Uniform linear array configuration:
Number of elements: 48
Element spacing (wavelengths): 0.75
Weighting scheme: binomial
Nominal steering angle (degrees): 45
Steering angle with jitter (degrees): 44.838
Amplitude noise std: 0.05
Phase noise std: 0.05

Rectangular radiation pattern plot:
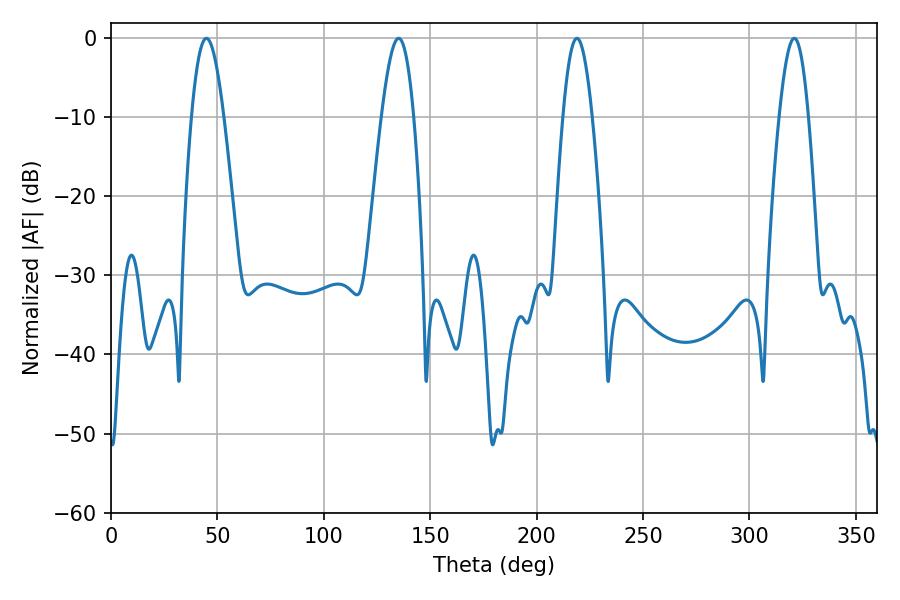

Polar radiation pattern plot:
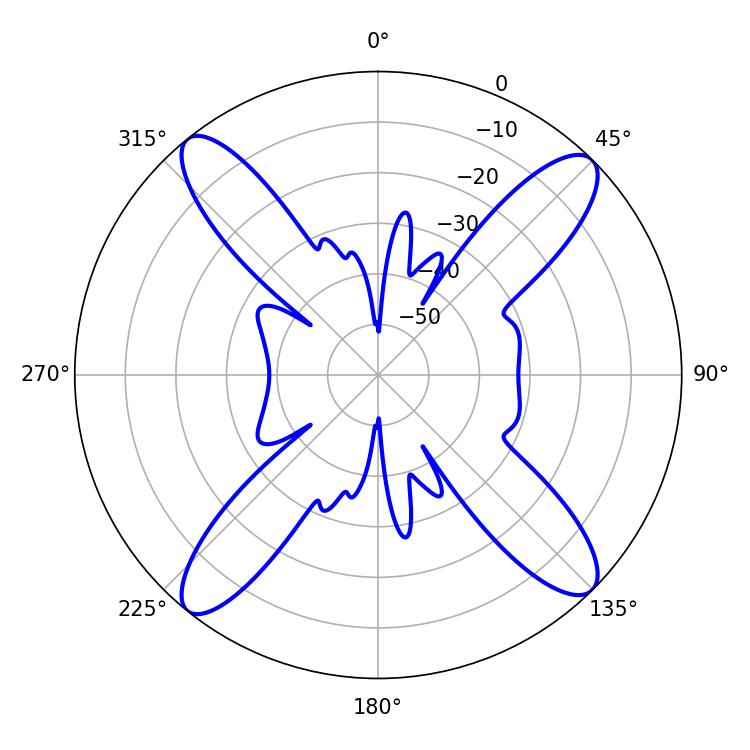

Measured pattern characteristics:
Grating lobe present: TRUE
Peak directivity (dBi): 16.676
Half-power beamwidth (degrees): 8.28
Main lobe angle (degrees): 44.82